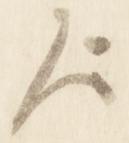
歟